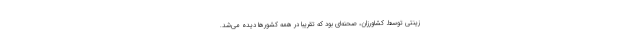
زینتی توسط کشاورزان، صحنه‌ای بود که تقریباً در همه کشورها دیده می‌شد.